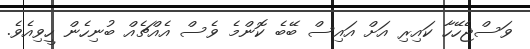
ވަސްޖެހޭހާ ކައިރި އަށް އައިސް ބޭބެ ކޮންމެ ވެސް އެއްޗެއް ބުނިހެން ހީވިއެވެ.